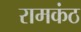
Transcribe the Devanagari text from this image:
रामकंठ